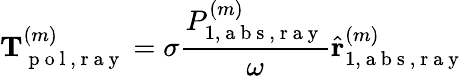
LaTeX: \mathbf{T}_{\mathrm{~p~o~l~,~r~a~y~}}^{(m)}=\sigma\frac{{P}_{1,\mathrm{~a~b~s~,~r~a~y~}}^{(m)}}{\omega}\hat{\mathbf{r}}_{1,\mathrm{~a~b~s~,~r~a~y~}}^{(m)}